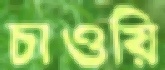
চাওয়ি